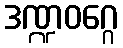
ဒဏ္ဍဝဂ္ဂေ